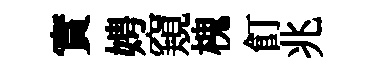
實娉窺槐飣兆